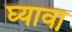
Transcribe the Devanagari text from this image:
घ्यावा़